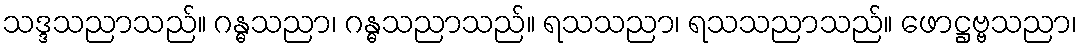
သဒ္ဒသညာသည်။ ဂန္ဓသညာ၊ ဂန္ဓသညာသည်။ ရသသညာ၊ ရသသညာသည်။ ဖောဋ္ဌဗ္ဗသညာ၊